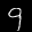
Label: 9